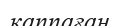
қаппаған